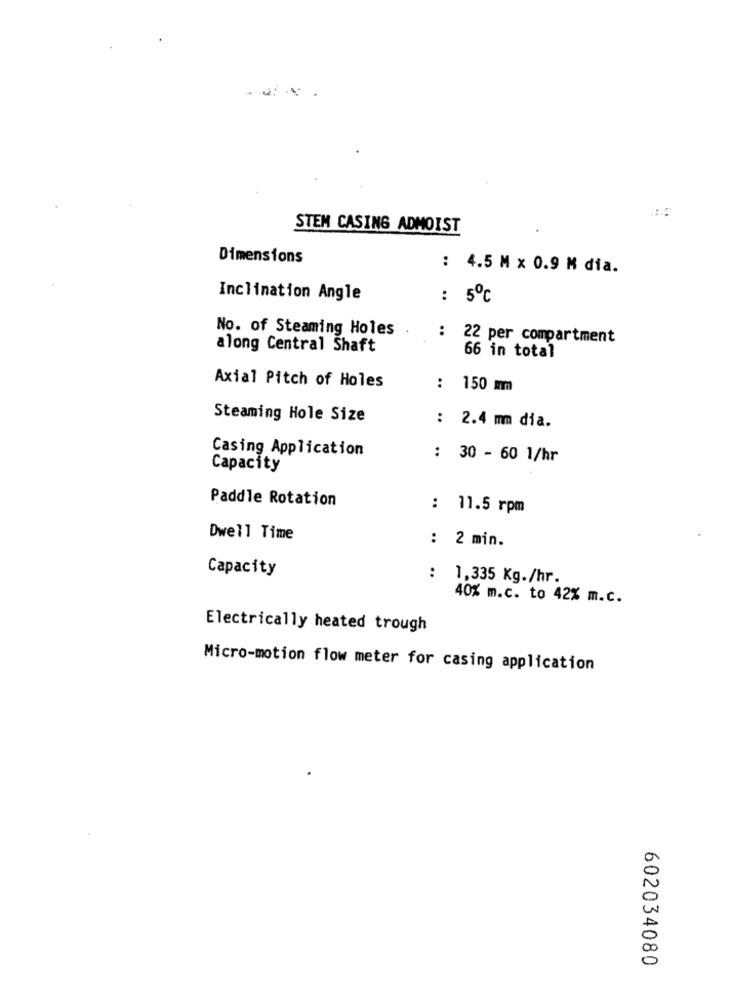
STEM CASING ADMOIST
Dimensions
: 4.5 M x 0.9 M dia.
Inclination Angle
: 5℃
..
No. of Steaming Holes
:
22 per compartment
along Central Shaft
66 in total
Axial Pitch of Holes
: 150 mm
Steaming Hole Size
: 2.4 mm dia.
Casing Application
: 30 - 60 1/hr
Capacity
Paddle Rotation
: 11.5 rpm
Dwell Time
: 2 min.
Capacity
: 1,335 Kg./hr.
40% m.c. to 42% m.c.
Electrically heated trough
Micro-motion flow meter for casing application
602034080